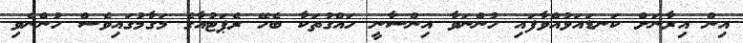
އިން އިރާނަށް ކަނޑައަޅުއްވާފައި ހުންނަވާ އިންސާނީ ހައްގުތަކާ ބެހޭ ރެޕަޓުއާގެ މަގާމުގައިވެސް ހުންނެވި